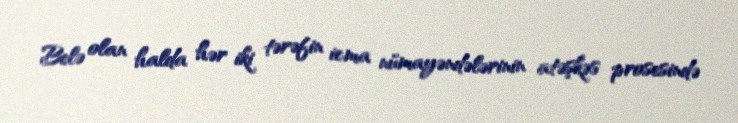
Belə olan halda hər iki tərəfin icma nümayəndələrinin atəşkəs prosesində